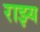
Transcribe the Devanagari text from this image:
राझ्य